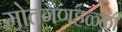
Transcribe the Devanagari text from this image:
मोतगणहळ्ळी